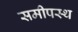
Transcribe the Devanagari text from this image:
समीपस्‍थ